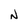
Character: N